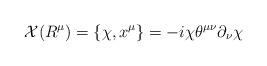
LaTeX: \begin{align*}{\cal X}(R^{\mu})=\{{\chi},x^{\mu}\}=-i{\chi}{\theta}^{{\mu}{\nu}}{\partial}_{\nu}{\chi}\end{align*}